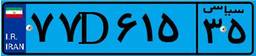
۷۷D۶۱۵۳۵